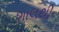
શાલથી